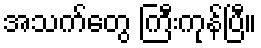
အသက်တွေ ကြီးကုန်ပြီ။